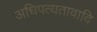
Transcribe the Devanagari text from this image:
अधिपत्यतावादि